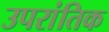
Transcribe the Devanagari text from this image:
उपरांतिक